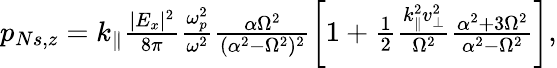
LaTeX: \begin{array}{r}{p_{Ns,z}=k_{\parallel}\frac{|E_{x}|^{2}}{8\pi}\frac{\omega_{p}^{2}}{\omega^{2}}\frac{\alpha\Omega^{2}}{(\alpha^{2}-\Omega^{2})^{2}}\left[1+\frac{1}{2}\frac{k_{\parallel}^{2}v_{\perp}^{2}}{\Omega^{2}}\frac{\alpha^{2}+3\Omega^{2}}{\alpha^{2}-\Omega^{2}}\right],}\end{array}